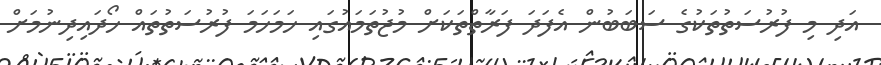
އަދި މި ފުރުސަތުތަކުގެ ސަބަބުން އެފަދަ ފަރާތްތަކަށް މުޖުތަމައުގައި ހަމަހަމަ ފުރުސަތުތައް ހޯދައިދިނުމަށް